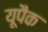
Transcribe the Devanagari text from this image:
यूपैक